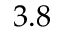
3 . 8